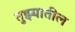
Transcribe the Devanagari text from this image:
तुझ्यातील